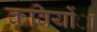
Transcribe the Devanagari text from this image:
कवियोंा